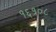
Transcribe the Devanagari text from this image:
१६१०८